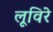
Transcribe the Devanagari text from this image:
लूविरे